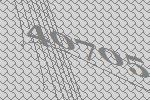
40705